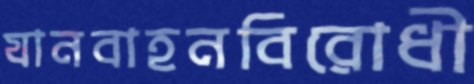
যানবাহনবিরোধী